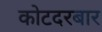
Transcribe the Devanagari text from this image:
कोटदरबार